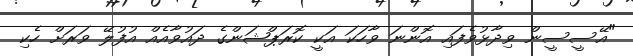
"އޭސީސީން ވިދާޅުވެފައި އޮންނަ ވާހަކަ އަކީ ކޮރަޕްޝަންގެ ދައުވާއެއް އުފުލޭ ވަރަށް ހެކި